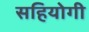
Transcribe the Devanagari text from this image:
सहियोगी